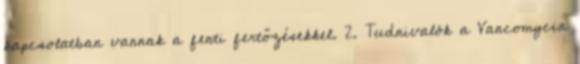
kapcsolatban vannak a fenti fertőzésekkel. 2. Tudnivalók a Vancomycin